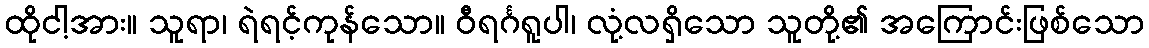
ထိုငါ့အား။ သူရာ၊ ရဲရင့်ကုန်သော။ ဝီရင်္ဂရူပါ၊ လုံ့လရှိသော သူတို့၏ အကြောင်းဖြစ်သော